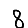
Digit: 8